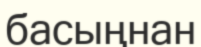
басыңнан